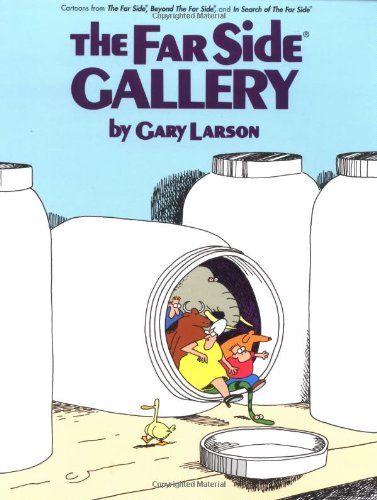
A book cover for The Far Side Gallery; Gary Larson; Comics & Graphic Novels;